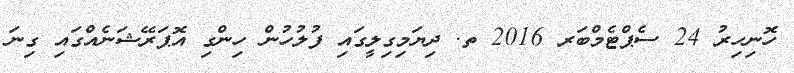
ހޮނިހިރު 24 ސެޕްޓެމްބަރ 2016 ތ. ދިޔަމިގިލީގައި ފުލުހުން ހިންގި އޮޕަރޭޝަނެއްގައި ގިނަ